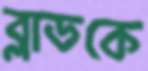
ব্লাডকে